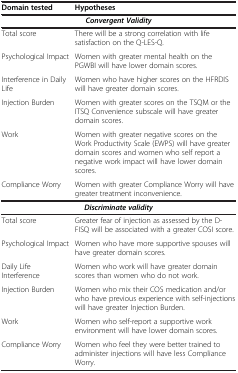
| Domain tested | Hypotheses |
 |  | Convergent Validity |
 | --- | --- |
 | Total score | There will be a strong correlation with life satisfaction on the Q-LES-Q. |
 | Psychological Impact | Women with greater mental health on the PGWBI will have lower domain scores. |
 | Interference in Daily Life | Women who have higher scores on the HFRDIS will have greater domain scores. |
 | Injection Burden | Women with greater scores on the TSQM or the ITSQ Convenience subscale will have greater domain scores. |
 | Work | Women with greater negative scores on the Work Productivity Scale (EWPS) will have greater domain scores and women who self report a negative work impact will have lower domain scores. |
 | Compliance Worry | Women with greater Compliance Worry will have greater treatment inconvenience. |
 |  | Discriminate validity |
 | Total score | Greater fear of injection as assessed by the D-FISQ will be associated with a greater COSI score. |
 | Psychological Impact | Women who have more supportive spouses will have greater domain scores. |
 | Daily Life Interference | Women who work will have greater domain scores than women who do not work. |
 | Injection Burden | Women who mix their COS medication and/or who have previous experience with self-injections will have greater Injection Burden. |
 | Work | Women who self-report a supportive work environment will have lower domain scores. |
 | Compliance Worry | Women who feel they were better trained to administer injections will have less Compliance Worry. |